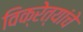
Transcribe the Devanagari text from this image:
विक्रेत्यांचे